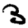
Digit: 3